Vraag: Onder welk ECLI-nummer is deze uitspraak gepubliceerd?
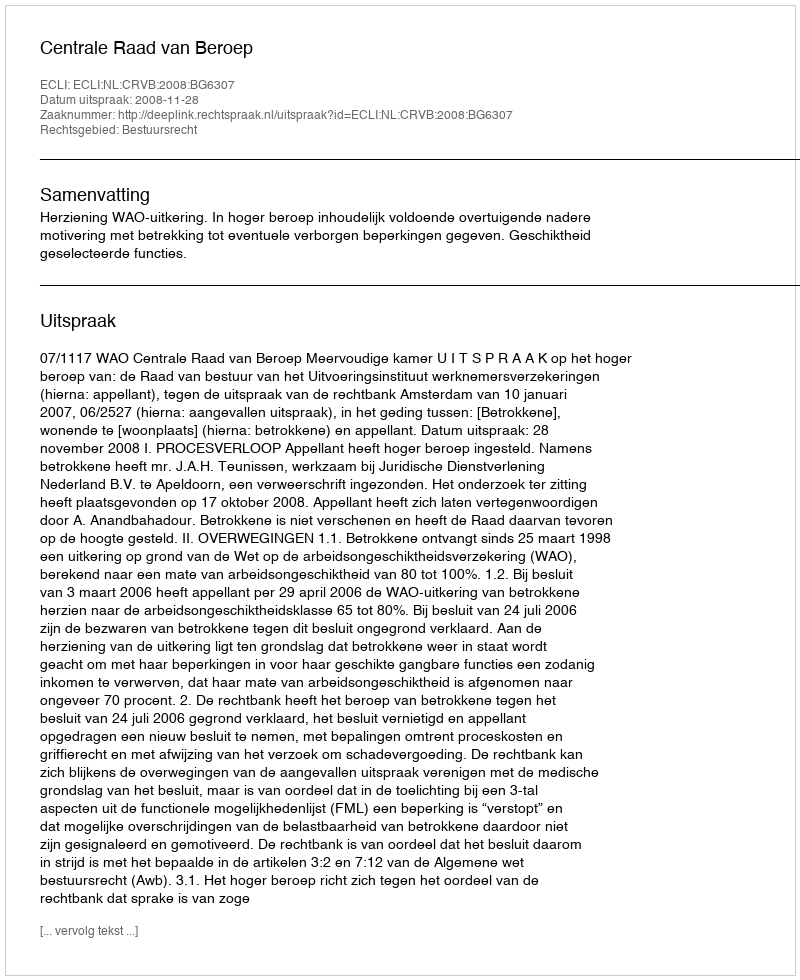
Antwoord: ECLI:NL:CRVB:2008:BG6307